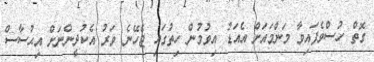
ގޮތް ހުސްވެފައިވާ މަންމައަށް އެއަޑު އިވުމުން ހިތުގައި ޖެހޭނެ ވަރު އެކުދީންނަށް އިޙުސާސް